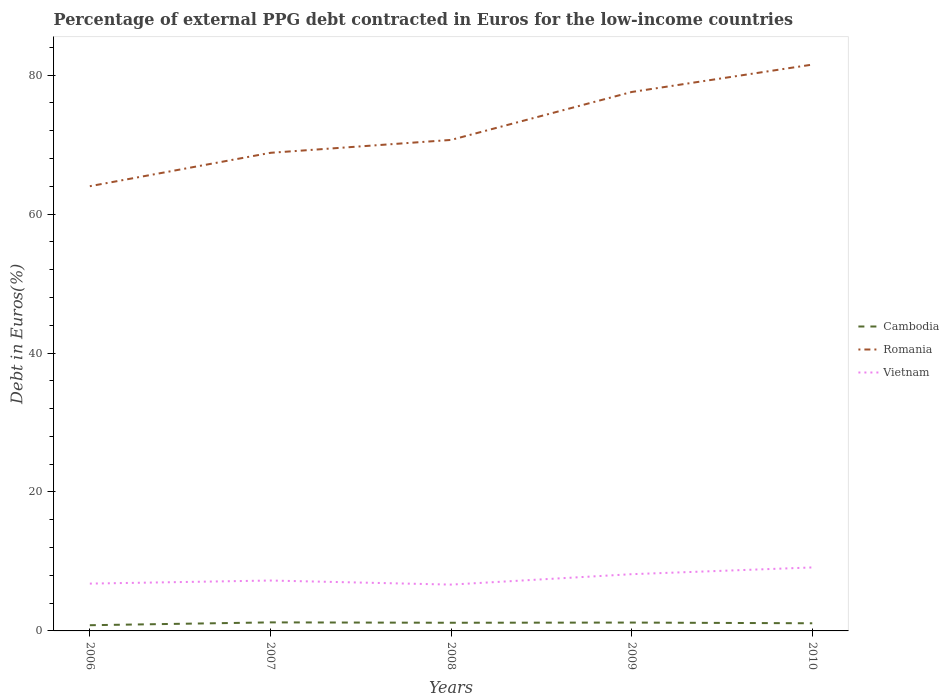
| Years | Cambodia | Romania | Vietnam |
 | --- | --- | --- | --- |
 | 2006 | 0.822 | 64 | 6.81 |
 | 2007 | 1.23 | 68.8 | 7.25 |
 | 2008 | 1.18 | 70.7 | 6.67 |
 | 2009 | 1.2 | 77.6 | 8.17 |
 | 2010 | 1.1 | 81.5 | 9.14 |